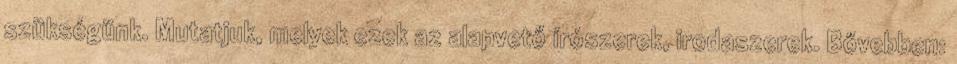
szükségünk. Mutatjuk, melyek ezek az alapvető írószerek, irodaszerek. Bővebben: